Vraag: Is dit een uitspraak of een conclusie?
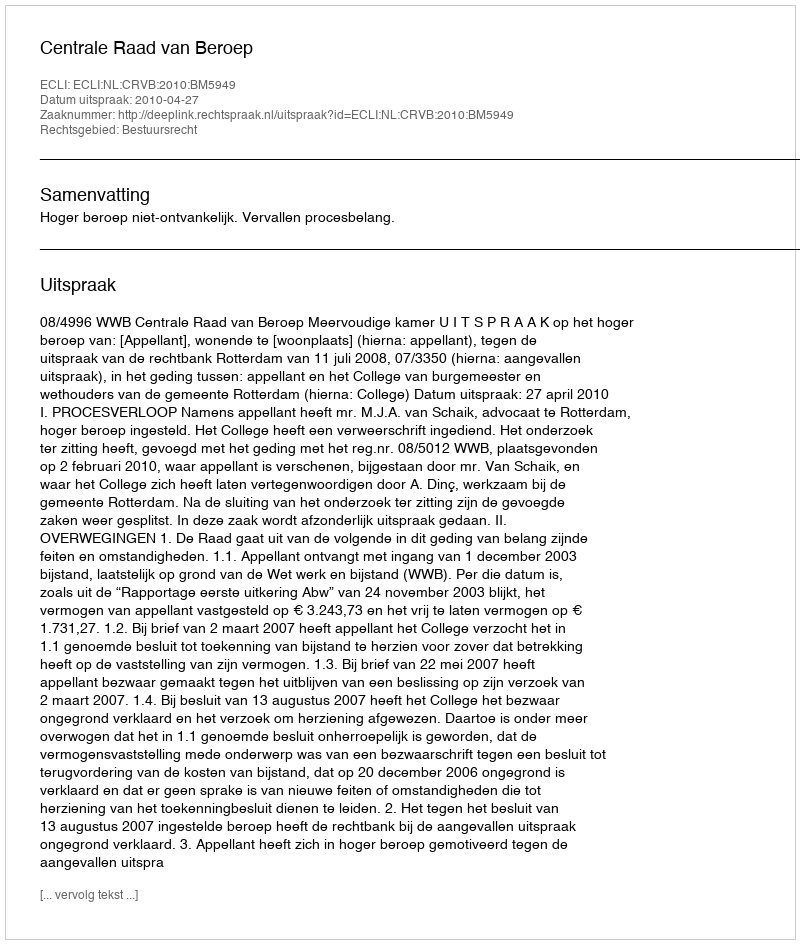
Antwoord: Uitspraak